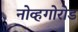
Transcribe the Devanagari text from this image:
नोव्हगोरोड